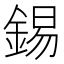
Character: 錫